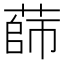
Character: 蒒